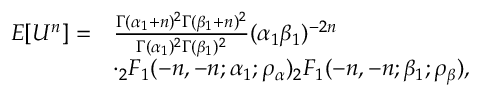
\begin{array} { r l } { E [ { U ^ { n } } ] = } & { \frac { \Gamma ( \alpha _ { 1 } + n ) ^ { 2 } \Gamma ( \beta _ { 1 } + n ) ^ { 2 } } { \Gamma ( \alpha _ { 1 } ) ^ { 2 } \Gamma ( \beta _ { 1 } ) ^ { 2 } } ( \alpha _ { 1 } \beta _ { 1 } ) ^ { - 2 n } } \\ & { \cdot _ { 2 } F _ { 1 } ( - n , - n ; \alpha _ { 1 } ; \rho _ { \alpha } ) _ { 2 } F _ { 1 } ( - n , - n ; \beta _ { 1 } ; \rho _ { \beta } ) , } \end{array}